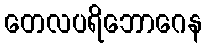
တေလပရိဘောဂေန